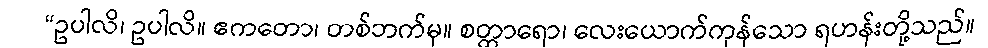
“ဥပါလိ၊ ဥပါလိ။ ဧကတော၊ တစ်ဘက်မှ။ စတ္တာရော၊ လေးယောက်ကုန်သော ရဟန်းတို့သည်။